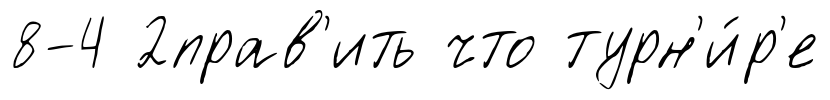
8-4 2прав'ить что турн'и́р'е